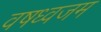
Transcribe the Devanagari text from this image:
वषध्वजम